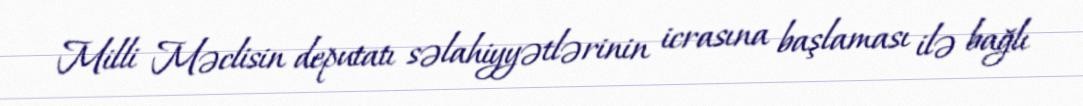
Milli Məclisin deputatı səlahiyyətlərinin icrasına başlaması ilə bağlı